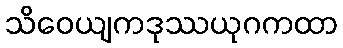
သိဝေယျကဒုဿယုဂကထာ